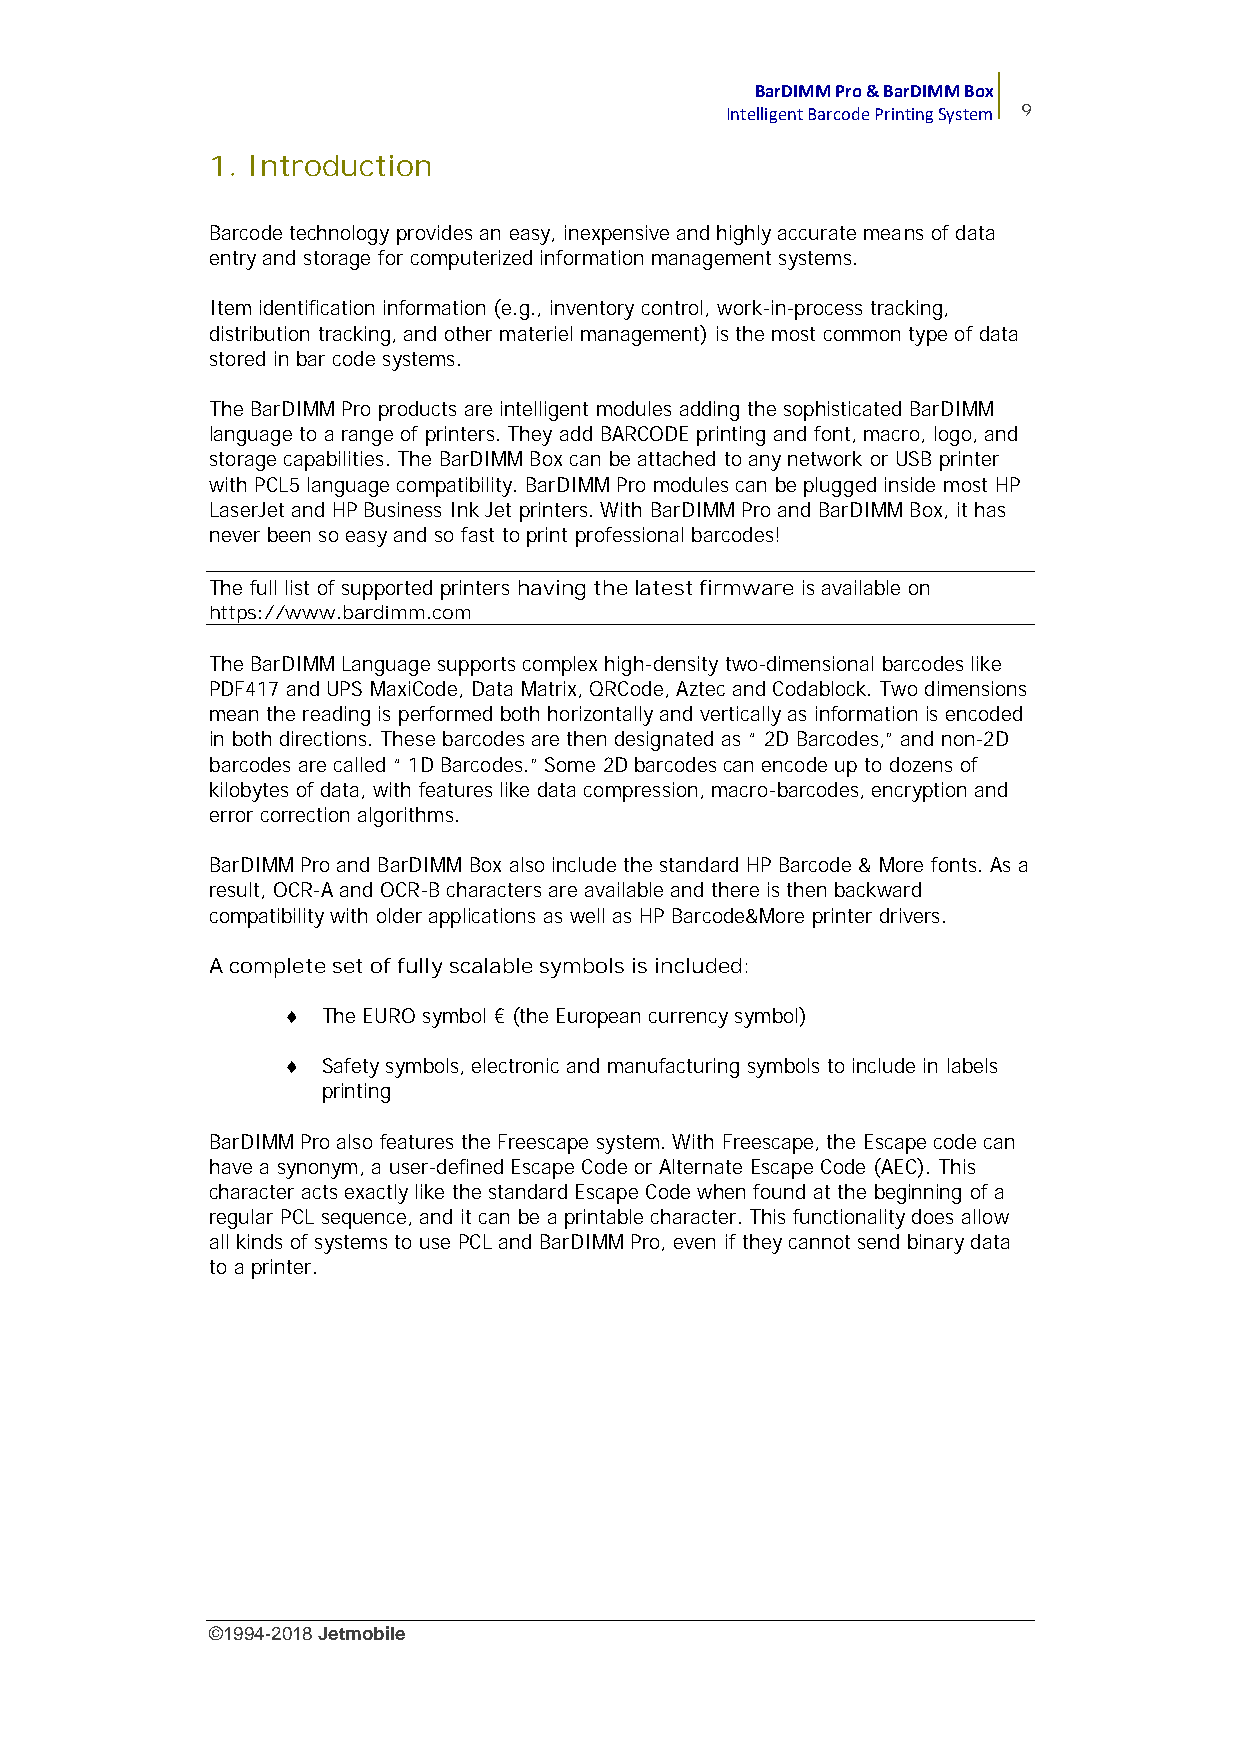
BarDIMM Pro & BarDIMM Box
 Intelligent Barcode Printing System 9
 1. Introduction
 Barcode technology provides an easy, inexpensive and highly accurate means of data
 entry and storage for computerized information management systems.
 Item identification information (e.g., inventory control, work-in-process tracking,
 distribution tracking, and other materiel management) is the most common type of data
 stored in bar code systems.
 The BarDIMM Pro products are intelligent modules adding the sophisticated BarDIMM
 language to a range of printers. They add BARCODE printing and font, macro, logo, and
 storage capabilities. The BarDIMM Box can be attached to any network or USB printer
 with PCL5 language compatibility. BarDIMM Pro modules can be plugged inside most HP
 LaserJet and HP Business Ink Jet printers. With BarDIMM Pro and BarDIMM Box, it has
 never been so easy and so fast to print professional barcodes!
 The full list of supported printers having thelatestfirmware is available on
 https://www.bardimm.com
 The BarDIMM Language supports complex high-density two-dimensional barcodes like
 PDF417 and UPS MaxiCode, Data Matrix, QRCode, Aztec and Codablock. Two dimensions
 mean the reading is performed both horizontally and vertically as information is encoded
 in both directions. These barcodes are then designated as “ 2D Barcodes,” and non-2D
 barcodes are called “ 1D Barcodes.” Some 2D barcodes can encode up to dozens of
 kilobytes of data, with features like data compression, macro-barcodes, encryption and
 error correction algorithms.
 BarDIMM Pro and BarDIMM Box also include the standard HP Barcode & More fonts. As a
 result, OCR-A and OCR-B characters are available and there is then backward
 compatibility with older applications as well as HP Barcode&More printer drivers.
 A complete set of fully scalable symbols is included:
  The EURO symbol € (the European currency symbol)
  Safety symbols, electronic and manufacturing symbols to include in labels
 printing
 BarDIMM Pro also features the Freescape system. With Freescape, the Escape code can
 have a synonym, a user-defined Escape Code or Alternate Escape Code (AEC). This
 character acts exactly like the standard Escape Code when found at the beginning of a
 regular PCL sequence, and it can be a printable character. This functionality does allow
 all kinds of systems to use PCL and BarDIMM Pro, even if they cannot send binary data
 to a printer.
 ©1994-2018Jetmobile
 E
 r
 r
 o